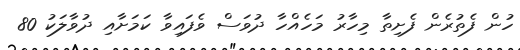
ހުން ފެތުރެން ފެށިތާ މިހާރު މަހެއްހާ ދުވަސް ވެފައިވާ ކަމަށާއި ދުވާލަކު 80